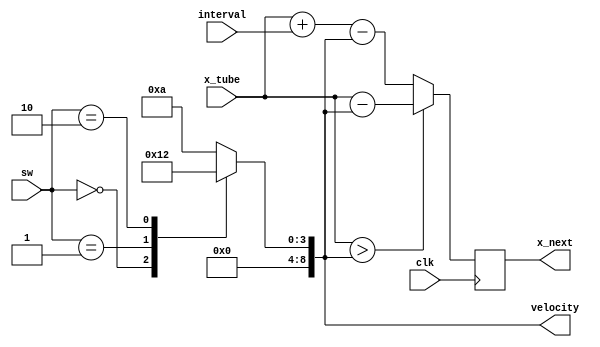
module velocity_ctrl(clk,x_tube,interval,sw,velocity,x_next);
input clk;
input [9:0]x_tube;
input [8:0]interval;
input [2:0]sw;
output reg[8:0]velocity;
output reg[9:0]x_next;

always@(*)
begin
    case(sw)
        2'b000:velocity=0;
        2'b001:velocity=1;
        2'b010:velocity=2;
        default:velocity=10;
    endcase
end

always@(posedge clk)
begin
    if(x_tube>velocity)
    begin
        x_next=x_tube-velocity;
    end
    else
    begin
        x_next=x_tube+interval-velocity;
    end
end

endmodule